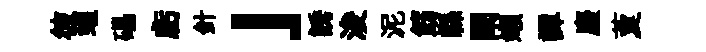
彼蝗礧虧針」誘浚泥筯縣闡嬾譚麈藑